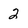
Character: 2